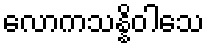
လောကသန္နိဝါသေ